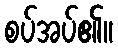
စပ်အပ်၏။